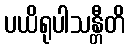
ပယိရုပါသန္တီတိ